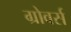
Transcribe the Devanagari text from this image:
ग्रोवर्स